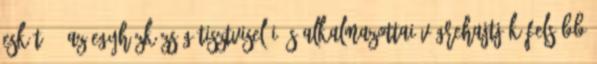
esküt. 3 Az egyházközség tisztviselői és alkalmazottai végrehajtják felsőbb